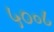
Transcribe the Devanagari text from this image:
५०॰८